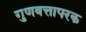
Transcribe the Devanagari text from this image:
गुणवत्तापरक